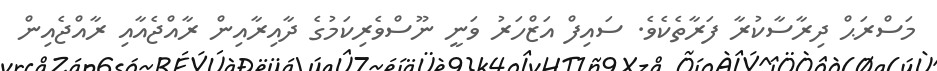
މަސްރަޙް ދިރާސާކުރާ ފަރާތެކެވެ. ސައިފް އަޒްހަރު ވަނީ ނޫސްވެރިކަމުގެ ދާއިރާއިން ރާއްޖެއާއި ރާއްޖެއިން